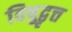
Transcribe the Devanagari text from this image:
विषुद्वृत्त